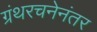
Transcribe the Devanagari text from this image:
ग्रंथरचनेनंतर